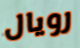
رويال